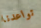
تواعدنا